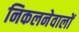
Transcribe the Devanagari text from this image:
निकलनेवालों